Report of the Municipal Commissioner on the plague in Bombay for the year ending 31st May... - Volume 2
Disease focus: Plague
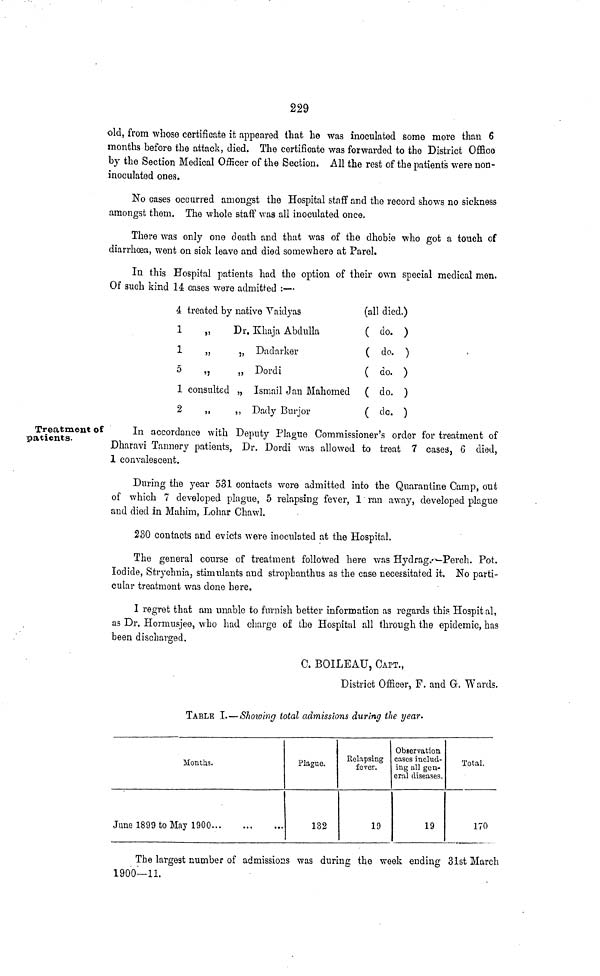
229
old, from whose certificate it appeared that he was inoculated some more than 6
months before the attack, died. The certificate was forwarded to the District Office
by the Section Medical Officer of the Section. All the rest of the patients were non-
inoculated ones.
No cases occurred amongst the Hospital staff and the record shows no sickness
amongst them. The whole staff was all inoculated once.
There was only one death and that was of the dhobie who got a touch of
diarrhoea, went on sick leave and died somewhere at Parel.
In this Hospital patients had the option of their own special medical men.
Of such kind 14= cases were admitted :—
4
1
1
5
1
2
treated by native Vaidyas
»
j>
'j
consulted
ii
Dr.
5>
»
»)
>»
Khaja Abdulla
Dadarker
Dordi
Ismail Jan Mahomed
Dady Burjor
(all died.)
(
(
(
(
(
do.
do.
do.
do.
do.
)
)
)
)
)
Treatment of
patients.
In accordance with Deputy Plague Commissioner's order for treatment of
Dharavi Tannery patients, Dr. Dordi was allowed to treat 7 cases, 6 died,
1 convalescent.
During the year 531 contacts were admitted into the Quarantine Camp, out
of which 7 developed plague, 5 relapsing fever, 1 ran away, developed plague
and died in Mahim, Lohar Chawl.
230 contacts and evicts were inoculated at the Hospital.
The general course of treatment followed here was Hydrag.'-—Perch. Pot.
Iodide, Strychnia, stimulants and strophanthus as the case necessitated it. No parti-
cular treatment was done here,
I regret that am unable to furnish better information as regards this Hospit al,
as Dr. Hormusjee, who had charge of the Hospital all through the epidemic, has
been discharged.
C. BOILEAU, CAPT.,
District Officer, F. and G. Wards.
TABLE I.—Showing total admissions during tlie year-
Months.
June 1899 to May 1900
Plague.
132
Relapsing
fever.
19
Observation
cases includ-
ing all gen-
eral diseases.
19
Total.
170
The largest number of admissions was during the week ending 31st March
1900—11.